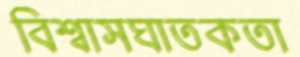
বিশ্বাসঘাতকতা